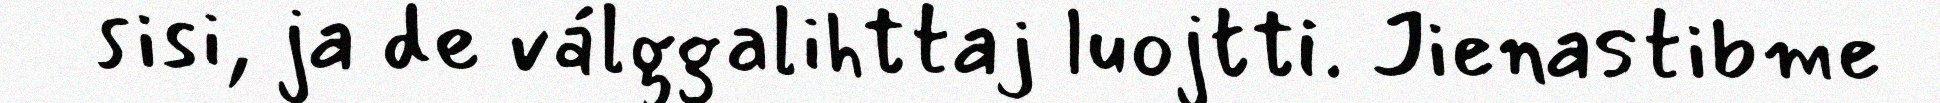
sisi, ja de válggalihttaj luojtti. Jienastibme